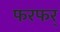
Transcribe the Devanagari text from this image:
फरफर्